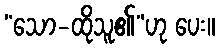
“သော-ထိုသူ၏”ဟု ပေး။